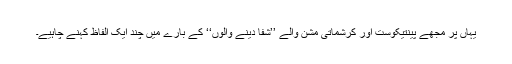
یہاں پر مجھے پینتیکوست اور کرشماتی مشن والے ’’شفا دینے والوں‘‘ کے بارے میں چند ایک الفاظ کہنے چاہیے۔